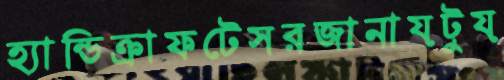
হ্যান্ডিক্রাফটেসরজানায়টুয়